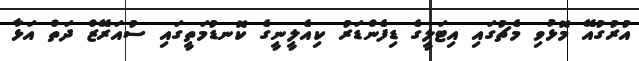
އުރުގުއޭ މޮޅުވި މެޗުގައި އިޓަލީގެ ޑިފެންޑަރު ކިއެލީނީގެ ކޮނޑުމަތީގައި ސުއަރޭޒް ދަތް އަޅާ